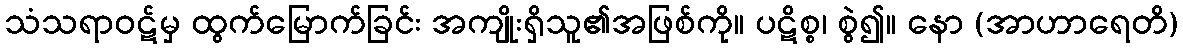
သံသရာဝဋ်မှ ထွက်မြောက်ခြင်း အကျိုးရှိသူ၏အဖြစ်ကို။ ပဋိစ္စ၊ စွဲ၍။ နော (အာဟာရေတိ)